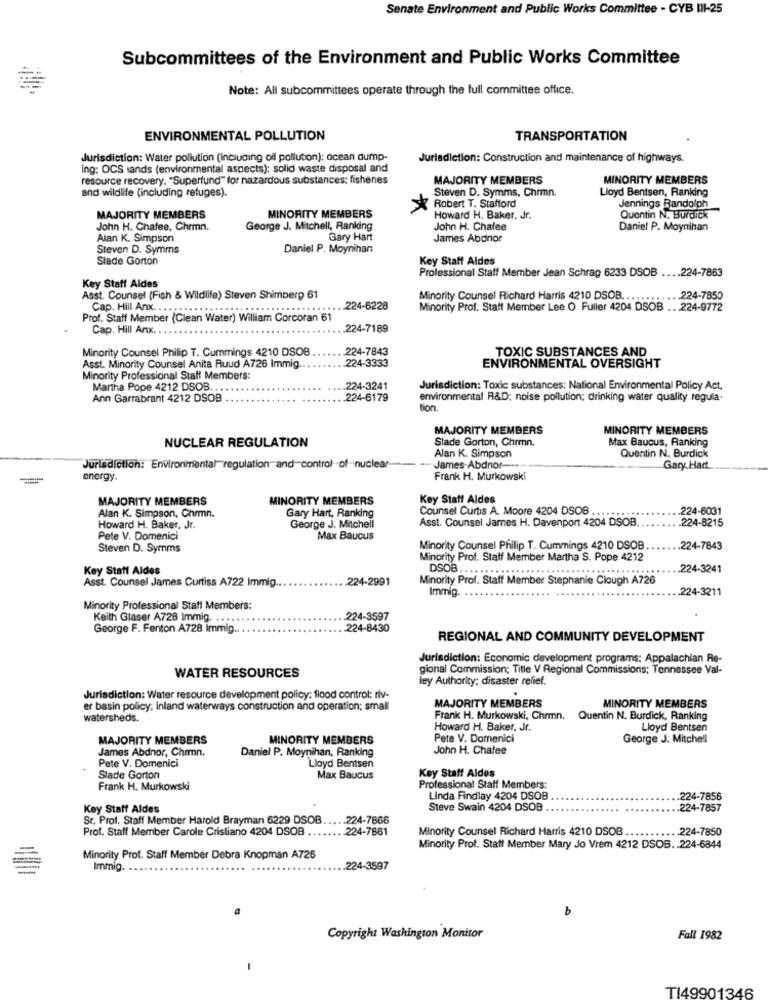
Senate Environment and Public Works Committee - CYB III-25
Subcommittees of the Environment and Public Works Committee
Note: All subcommittees operate through the full committee office.
ENVIRONMENTAL POLLUTION
TRANSPORTATION
Jurisdiction: Water pollution (including oil pollution): ocean dump-
Jurisdiction: Construction and maintenance of highways.
ing: OCS sands (environmental aspects); solid waste disposal and
resource recovery. "Superfund" for hazardous substances; fishenes
MAJORITY MEMBERS
MINORITY MEMBERS
and wildlife (including refuges).
Steven D. Symms, Chrmn.
Lloyd Bentsen, Ranking
Robert T. Stafford
Jennings Randolph
MAJORITY MEMBERS
MINORITY MEMBERS
Howard H. Baker, Jr.
Quentin N. Burdick
John H. Chafee, Chrmn.
George J. Mitchell, Ranking
John H. Chafee
Daniel P. Moynihan
Alan K. Simpson
Gary Hart
James Abdnor
Steven D. Symms
Daniel P. Moynihan
Slade Gorton
Key Staff Aldes
Professional Staff Member Jean Schrap 6233 DSOB .... 224-7863
Key Staff Aldes
Asst. Counsel (Fish & Wildlife) Steven Shimberg 61
Minority Counsel Richard Harris 4210 DSOB ............ 224-7850
Cap. Hill Axx. ..*****************........
... 224-6228
Minority Prof. Staff Member Lee O. Fuller 4204 DSOB .. . 224-9772
Prof. Staff Member (Clean Water) William Corcoran 61
Cap. Hill Anx.
224-7189
Minority Counsel Philip T. Cummings 4210 DSOB
224-7843
TOXIC SUBSTANCES AND
Asst. Minority Counsel Anita Ruud A726 Immig.
.224-3333
ENVIRONMENTAL OVERSIGHT
Minority Professional Staff Members:
Martha Pope 4212 DSOB ...
.224-3241
Jurisdiction: Toxic substances: National Environmental Policy Act.
Ann Garrabrant 4212 DSOB
224-6179
environmental R&D; noise pollution; drinking water quality regula.
tion.
MAJORITY MEMBERS
MINORITY MEMBERS
Stade Gorton, Chrmn.
Max Baucus, Ranking
NUCLEAR REGULATION
Alan K. Simpson
Quentin N. Burdick
Jurisdiction: Environmental"regulation and control of nuclear ----
-James-Abdnor ---
Gary Hart
energy.
Frank H. Murkowski
MAJORITY MEMBERS
MINORITY MEMBERS
Key Staff Aldes
Counsel Curtis A. Moore 4204 DSOB ..
224-6031
Alan K. Simpson, Chrmn.
Gary Hart, Ranking
Asst. Counsel James H. Davenport 4204 DSOB.
224-8215
Howard H. Baker, Jr.
George J. Mitchell
Pete V. Domenici
Max Baucus
Steven D. Symms
Minority Counsel Philip T. Cummings 4210 DSOB.
.224-7843
Minority Prof. Staff Member Martha S. Pope 4212
Key Statt Aldes
DSOB . .......
.....
224-3241
Asst. Counsel James Curtiss A722 Immig ..
.. 224-2991
Minority Prof. Staff Member Stephanie Clough A726
Immig.
224-3211
Minority Professional Staff Members:
Keith Glaser A728 Immig. .. . . .
224-3597
George F. Fenton A728 Immig.
224-8430
REGIONAL AND COMMUNITY DEVELOPMENT
Jurisdiction: Economic development programs: Appalachian Re-
WATER RESOURCES
gional Commission: Title V Regional Commissions: Tennessee Val-
ley Authority: disaster relief.
Jurisdiction: Water resource development policy: flood control: riv-
MINORITY MEMBERS
er basin policy, inland waterways construction and operation; small
MAJORITY MEMBERS
watersheds.
Frank H. Murkowski, Chrmn.
Quentin N. Burdick, Ranking
Howard H. Baker, Jr.
Lloyd Bentsen
MAJORITY MEMBERS
MINORITY MEMBERS
Pete V. Domenici
George J. Mitchell
James Abdnor, Chrmn.
John H. Chafee
Daniel P. Moynihan, Ranking
Pete V. Domenici
Lloyd Bentsen
Slade Gorton
Max Baucus
Key Staff Aldes
Frank H. Murkowski
Professional Staff Members:
Linda Findlay 4204 DSOB
.224-7856
Key Staff Aldes
Steve Swain 4204 DSOB
.. 224-7857
Sr. Prot. Staff Member Harold Brayman 6229 DSOB ..... 224-7866
Prof. Staff Member Carole Cristiano 4204 DSOB ..
224-7861
Minority Counsel Richard Harris 4210 DSOB .
.... 224-7850
Minority Prof. Staff Member Mary Jo Vrem 4212 DSOB. 224-6844
Minority Prof. Staff Member Debra Knopman A726
-
Immig.
.224-3597
a
b
Copyright Washington Monitor
Fall 1982
-
TI49901346